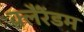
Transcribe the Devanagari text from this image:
क्लैंरेंडम